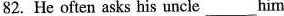
82.He often asks his uncle ___ him